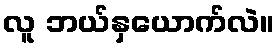
လူ ဘယ်နှယောက်လဲ။